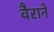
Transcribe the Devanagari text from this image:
वैराने